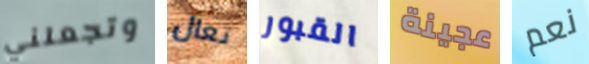
وتجعلني تعال القبور عجينة نعم